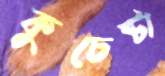
কুচেষ্টা